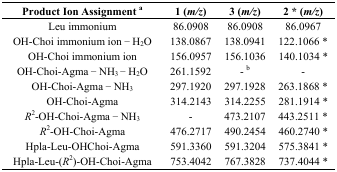
<table><thead><tr><td><b>Product Ion Assignment <sup>a</sup></b></td><td><b>1 (<i>m/z</i>)</b></td><td><b>3 (<i>m/z</i>)</b></td><td><b>2 * (<i>m/z</i>)</b></td></tr></thead><tbody><tr><td>Leu immonium</td><td>86.0908</td><td>86.0908</td><td>86.0967</td></tr><tr><td>OH-Choi immonium ion − H<sub>2</sub>O</td><td>138.0867</td><td>138.0941</td><td>122.1066 *</td></tr><tr><td>OH-Choi immonium ion</td><td>156.0957</td><td>156.1036</td><td>140.1034 *</td></tr><tr><td>OH-Choi-Agma − NH<sub>3</sub> − H<sub>2</sub>O</td><td>261.1592</td><td>- <sup>b</sup></td><td>-</td></tr><tr><td>OH-Choi-Agma − NH<sub>3</sub></td><td>297.1920</td><td>297.1928</td><td>263.1868 *</td></tr><tr><td>OH-Choi-Agma</td><td>314.2143</td><td>314.2255</td><td>281.1914 *</td></tr><tr><td><i>R</i><sup>2</sup>-OH-Choi-Agma − NH<sub>3</sub></td><td>-</td><td>473.2107</td><td>443.2511 *</td></tr><tr><td><i>R</i><sup>2</sup>-OH-Choi-Agma</td><td>476.2717</td><td>490.2454</td><td>460.2740 *</td></tr><tr><td>Hpla-Leu-OHChoi-Agma</td><td>591.3360</td><td>591.3204</td><td>575.3841 *</td></tr><tr><td>Hpla-Leu-(<i>R</i><sup>2</sup>)-OH-Choi-Agma</td><td>753.4042</td><td>767.3828</td><td>737.4044 *</td></tr></tbody></table>